system: You are a helpful assistant.
user:
Analyze the provided spectrum to determine if it is a **Carbon Star (C-type)**.

- **Key Visual Indicators of Carbon Star:**
    - **(Primary):** Strong molecular absorption from **C₂ (diatomic carbon) "Swan Bands."** This is the **defining feature** of a carbon star.
        - **(Key Bandheads):** Sharp absorption edges are visible at approximately $5635$ Å, $5165$ Å (the strongest band), and $4737$ Å.
        - **(Line Profile):** Creates a distinct **"saw-tooth"** pattern. The key morphology is a sharp, steep bandhead on the **red (long-wavelength) side**, which then gradually tapers off (i.e., flux recovers) towards the **blue (short-wavelength) side**. *(This is the direct opposite of the TiO bands seen in M-type stars)*.

    - **(Secondary):** Intense **CN (cyanogen)** molecular absorption bands.
        - **(Key Bandheads):** Located in the blue and violet regions of the spectrum (e.g., near $4215$ Å and $3883$ Å).
        - **(Morphology):** These bands are extremely broad and act as a "blanket," absorbing the vast majority of blue and violet light. This creates a characteristic **"cliff"** or **"steep drop-off"** in the spectrum's flux at short wavelengths.

    - **(Key Confirmation):** Strong **CH absorption band (G-band)**.
        - **(Key Bandhead):** Located around $4300$ Å. The contribution from CH molecules to this band is exceptionally strong.

    - **(Overall Spectrum):**
        - The continuum is severely "chopped up" by these deep molecular bands, especially C₂, rather than appearing as a smooth curve.
        - Due to the heavy CN and C₂ absorption in the blue-green, the vast majority of the star's flux is concentrated in the red part of the spectrum, giving the star its characteristic deep red color.

Think first, call **spectral_visualization_tool** if needed to examine features in detail, then provide your final answer. Your response must adhere to the following strict rules:
1.  **Overall Structure:** Your response must follow the format `<think>...</think> <tool_call>...</tool_call> (if a tool is used) <answer>...</answer>`.
2.  **Tool Usage Constraint:** You may only make **one** tool call per turn.
3.  **Final Answer Format:** In the `<answer>` tag, your conclusion must be inside a `\boxed{}` command (e.g., `\boxed{YES}`), followed by your justification.

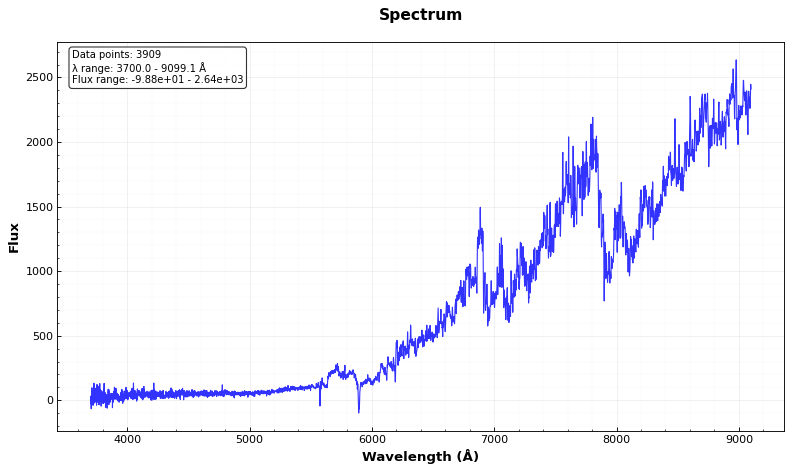
Answer: YES